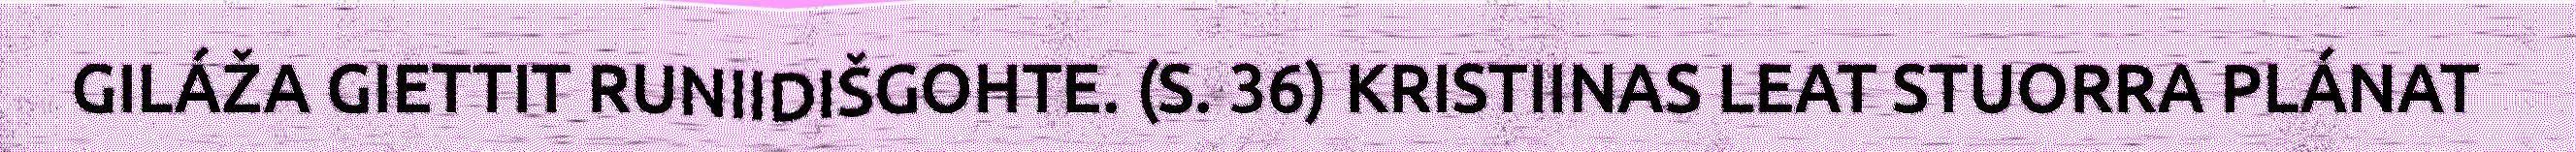
GILÁŽA GIETTIT RUNIIDIŠGOHTE. (S. 36) KRISTIINAS LEAT STUORRA PLÁNAT